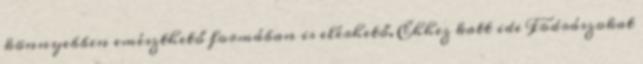
könnyebben emészthető formában is elérhető. Ehhez katt ide Fodrászokat